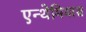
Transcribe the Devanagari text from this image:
एन्थेमियास